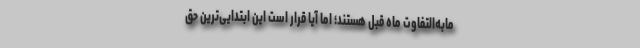
مابه‌التفاوت ماه قبل هستند؛ اما آیا قرار است این ابتدایی‌ترین حق